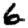
Digit: 6